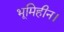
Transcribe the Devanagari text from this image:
भूमिहीन।